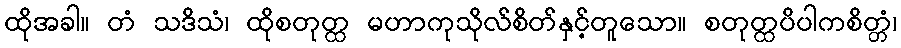
ထိုအခါ။ တံ သဒိသံ၊ ထိုစတုတ္ထ မဟာကုသိုလ်စိတ်နှင့်တူသော။ စတုတ္ထပိပါကစိတ္တံ၊